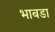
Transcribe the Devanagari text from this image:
भाबडा